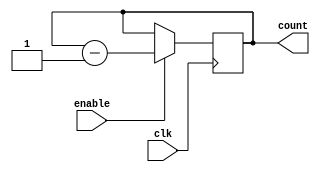
module Binary_Down_Counter_with_Enable (
    input wire clk,
    input wire enable,
    output reg [3:0] count   // 4-bit down counter
);

always @(posedge clk) begin
    if (enable) begin  // If enable signal is high
        count <= count - 1;  // Decrement count by 1
    end
end

endmodule